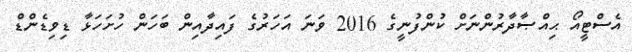
އެސްޓީއޯ ޙިއްޞާދާރުންނަށް ކުންފުނީގެ 2016 ވަނަ އަހަރުގެ ފައިދާއިން ބަހަން ހުށަހަޅާ ޑިވިޑެންޑް